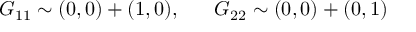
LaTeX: G _ { 1 1 } \sim ( 0 , 0 ) + ( 1 , 0 ) , ~ ~ ~ ~ ~ G _ { 2 2 } \sim ( 0 , 0 ) + ( 0 , 1 )